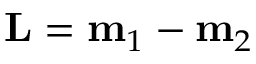
\mathbf { L } = \mathbf { m } _ { 1 } - \mathbf { m } _ { 2 }